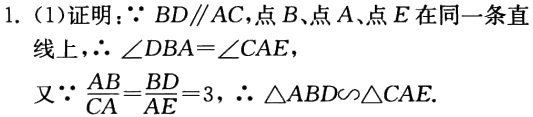
1. (1)证明：\(\because BD\parallel AC\)，点\(B\)、点\(A\)、\(E\)在同一条直线上，\(\therefore \angle DBA = \angle CAE\)，
又\(\because \frac{AB}{CA}=\frac{BD}{AE}=3\)，\(\therefore \triangle ABD\backsim\triangle CAE\).